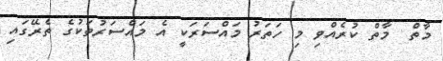
މާތް  މާތް ކުރެއްވި މި ހަތަރު މައްސަރަކީ އެ މައްސަރުތަކުގެ ތެރޭގައި